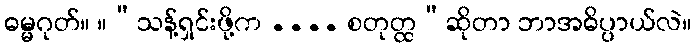
ဓမ္မဂုတ်။ ။“သန့်ရှင်းဖို့က .... စတုတ္ထ”ဆိုတာ ဘာအဓိပ္ပာယ်လဲ။